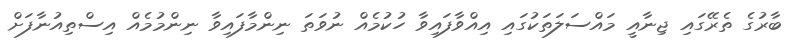
ބާރުގެ ތެރޭގައި ޖިނާއީ މައްސަލަތަކުގައި އިއްވާފައިވާ ހުކުމެއް ނުވަތަ ނިންމާފައިވާ ނިންމުމެއް އިސްތިއުނާފަށް